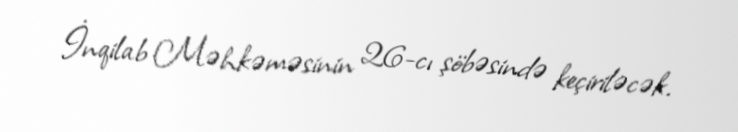
İnqilab Məhkəməsinin 26-cı şöbəsində keçiriləcək.